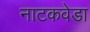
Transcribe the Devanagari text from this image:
नाटकवेडा